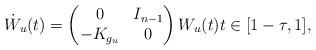
LaTeX: \begin{align*}\dot{W}_u(t)=\begin{pmatrix} 0 & I_{n-1} \\ -K_{g_u} & 0 \end{pmatrix} W_u(t) t \in [1-\tau,1],\end{align*}